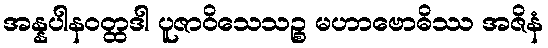
အန္နပါနဝတ္ထဒါ ပူဇာဝိသေသဉ္စ မဟာဗောဓိဿ အဇိနံ